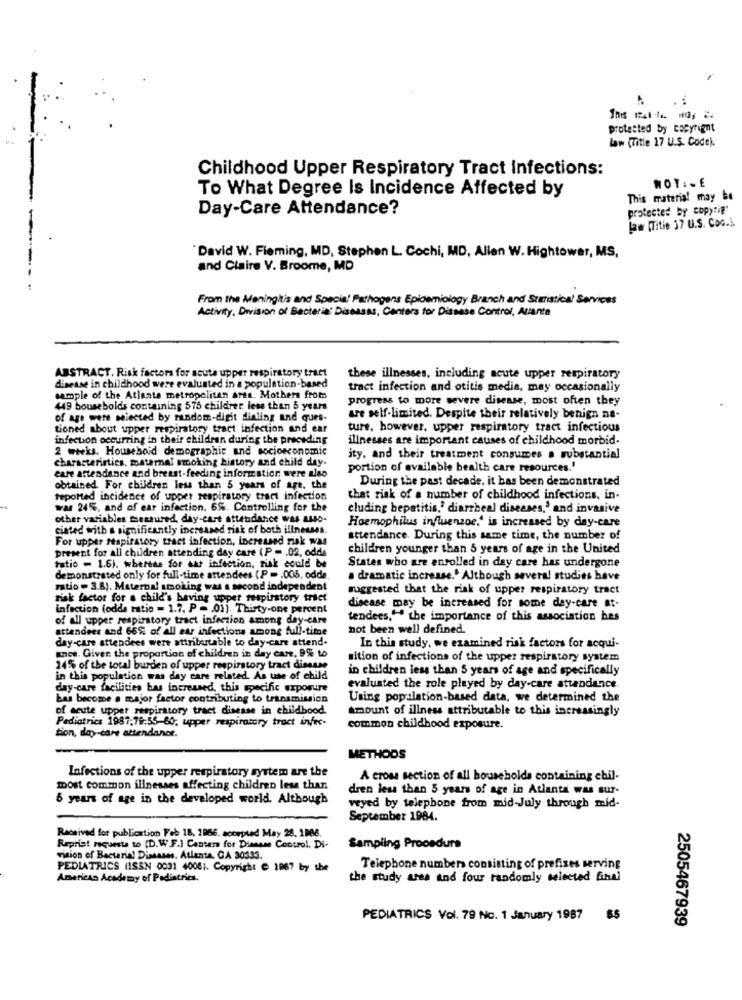
.:
protected by copyright
law (Title 17 U.S. Code).
Childhood Upper Respiratory Tract Infections:
To What Degree Is Incidence Affected by
NOT: - E
This material may be
Day-Care Attendance?
protected by copyrig'
law (Titie 17 U.S. CoG.).
David W. Fleming, MD, Stephen L. Cochi, MD, Allen W. Hightower, MS,
-
and Claire V. Broome, MD
From the Meningitis and Special Pathogens Epidemiology Branch and Statistical Services
Activity, Division of Bacteria' Diseases, Centers for Disease Control, Atlanta
ABSTRACT. Risk factors for acute upper respiratory tract
these illnesses, including acute upper respiratory
disease in childhood were evaluated in a population-based
tract infection and otitis media, may occasionally
sample of the Atlante metropolitan area. Mothers from
progress to more severe disease, most often they
449 bousebolds containing 575 children less than 5 years
of age were selected by random-digit dialing and ques-
are self-limited. Despite their relatively benign ne-
tioned about upper respiratory tract infection and ear
ture, however, upper respiratory tract infectious
infection occurring in their children during the preceding
illnesses are important causes of childhood morbid-
2 weeks. Household demographic and socioeconomic
characteristics, maternal smoking history and child day-
ity, and their treatment consumes a substantial
portion of available health care resources.'
care attendance and breast-feeding information were also
During the past decade. it has been demonstrated
obtained For children less than 5 years of age, the
teported incidence of upper respiratory tract infection
that risk of a number of childhood infections, in-
was 24%, and of ear infection, 6%. Controlling for the
cluding hepatitis," diarrheal diseases,' and invasive
other variables measured, day-cart attendance was asso-
ciated with a significantly increased risk of both illnesses.
Haemophilus influenzae.' is increased by day-care
For upper Mapiratory tract infection, increased risk was
attendance. During this same time, the number of
present for all children attending day care (P = . 02. odds
children younger than 5 years of age in the United
States who gre enrolled in day care has undergone
tatio - 1.6). whettes for ear infection, risk could be
demonstrated only for full-time attendees (P =. 005, odde
a dramatic increase.' Although several studies have
ratio - 3.6). Maternal smoking was a second independent
suggested that the risk of upper respiratory tract
risk factor for a child's beving upper respiratory tract
infection (odds ratio = 1.7, P = 01), Thirty-one percent
disease may be increased for some day-care at-
of all upper respiratory tract infection among day-care
tendees," the importance of this association hes
attendees and 66% of all ear infections among full-time
not been well defined.
day-care attendees were attributable to day-care attend-
In this study, we examined risk factors for acqui-
anet. Giver the proportion of children in day care, 9% to
sition of infections of the upper respiratory system
24% of the total burden of upper respiratory tract disasse
in children less than 5 years of age and specifically
in this population was day care related. As use of child
day-care facilities bas increased, this specific exposure
evaluated the role played by day-care attendance.
bas become a major factor contributing to transmission
Using population-based data, we determined the
of acute upper respiratory tract disease in childhood
Amount of illness attributable to this increasingly
Pediatrics 1987:79:55-60; upper respiratory tract infec-
tion, day-care attendance.
common childhood exposure.
METHODS
Infections of the upper respiratory system are the
A cross section of all households containing ebil-
most common illnesses affecting children less than
dren less than 5 years of age in Atlanta was sur-
6 years of age in the developed world. Although
veyed by telephone from mid-July through mid-
September 1984.
Received for publication Feb 18, 1986, accepted May 28. 1086.
Reprist requests to [D.W.F.) Center for Dianase Control, Di-
Sampling Procedura
mition of Bacterial Diseases. Atlanta, GA 30333.
PEDIATRICS (ISSN 0031 40061. Copyright € 1867 by the
Telephone numbers consisting of prefixes serving
American Academy of Pediatrics.
the study area and four randomly selected final
PEDIATRICS Vol. 79 No. 1 January 1987
55
2505467939